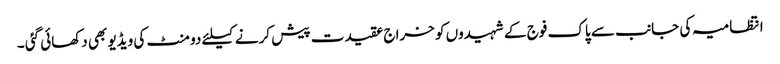
انتظامیہ کی جانب سے پاک فوج کے شہیدوں کو خراج عقیدت پیش کرنے کیلئے دو منٹ کی ویڈیو بھی دکھائی گئی ۔